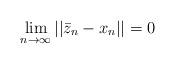
LaTeX: \begin{align*}\lim\limits_{n\to\infty}||\bar{z}_n-x_n||=0\end{align*}